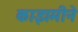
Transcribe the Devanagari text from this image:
काझमीने